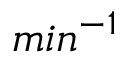
m i n ^ { - 1 }